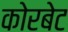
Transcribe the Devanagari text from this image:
कोरबेट